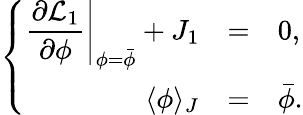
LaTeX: \left\{ \begin{array}{rcl}{{\displaystyle\left.\frac{\partial{\cal L}_{1}}{\partial\phi}\right|_{\phi=\bar{\phi}}+J_{1}}}&{{=}}&{{0,}}\\ {{\langle\phi\rangle_{J}}}&{{=}}&{{\bar{\phi}.}}\end{array}\right.